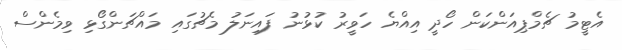
އެޓީމު ޗެމްޕިއަންކަން ހޯދީ އިއްޔެ ހަވީރު ކުޅުނު ފައިނަލު މެޗުގައި މައްޗަންގޯޅި ވިމެންސް